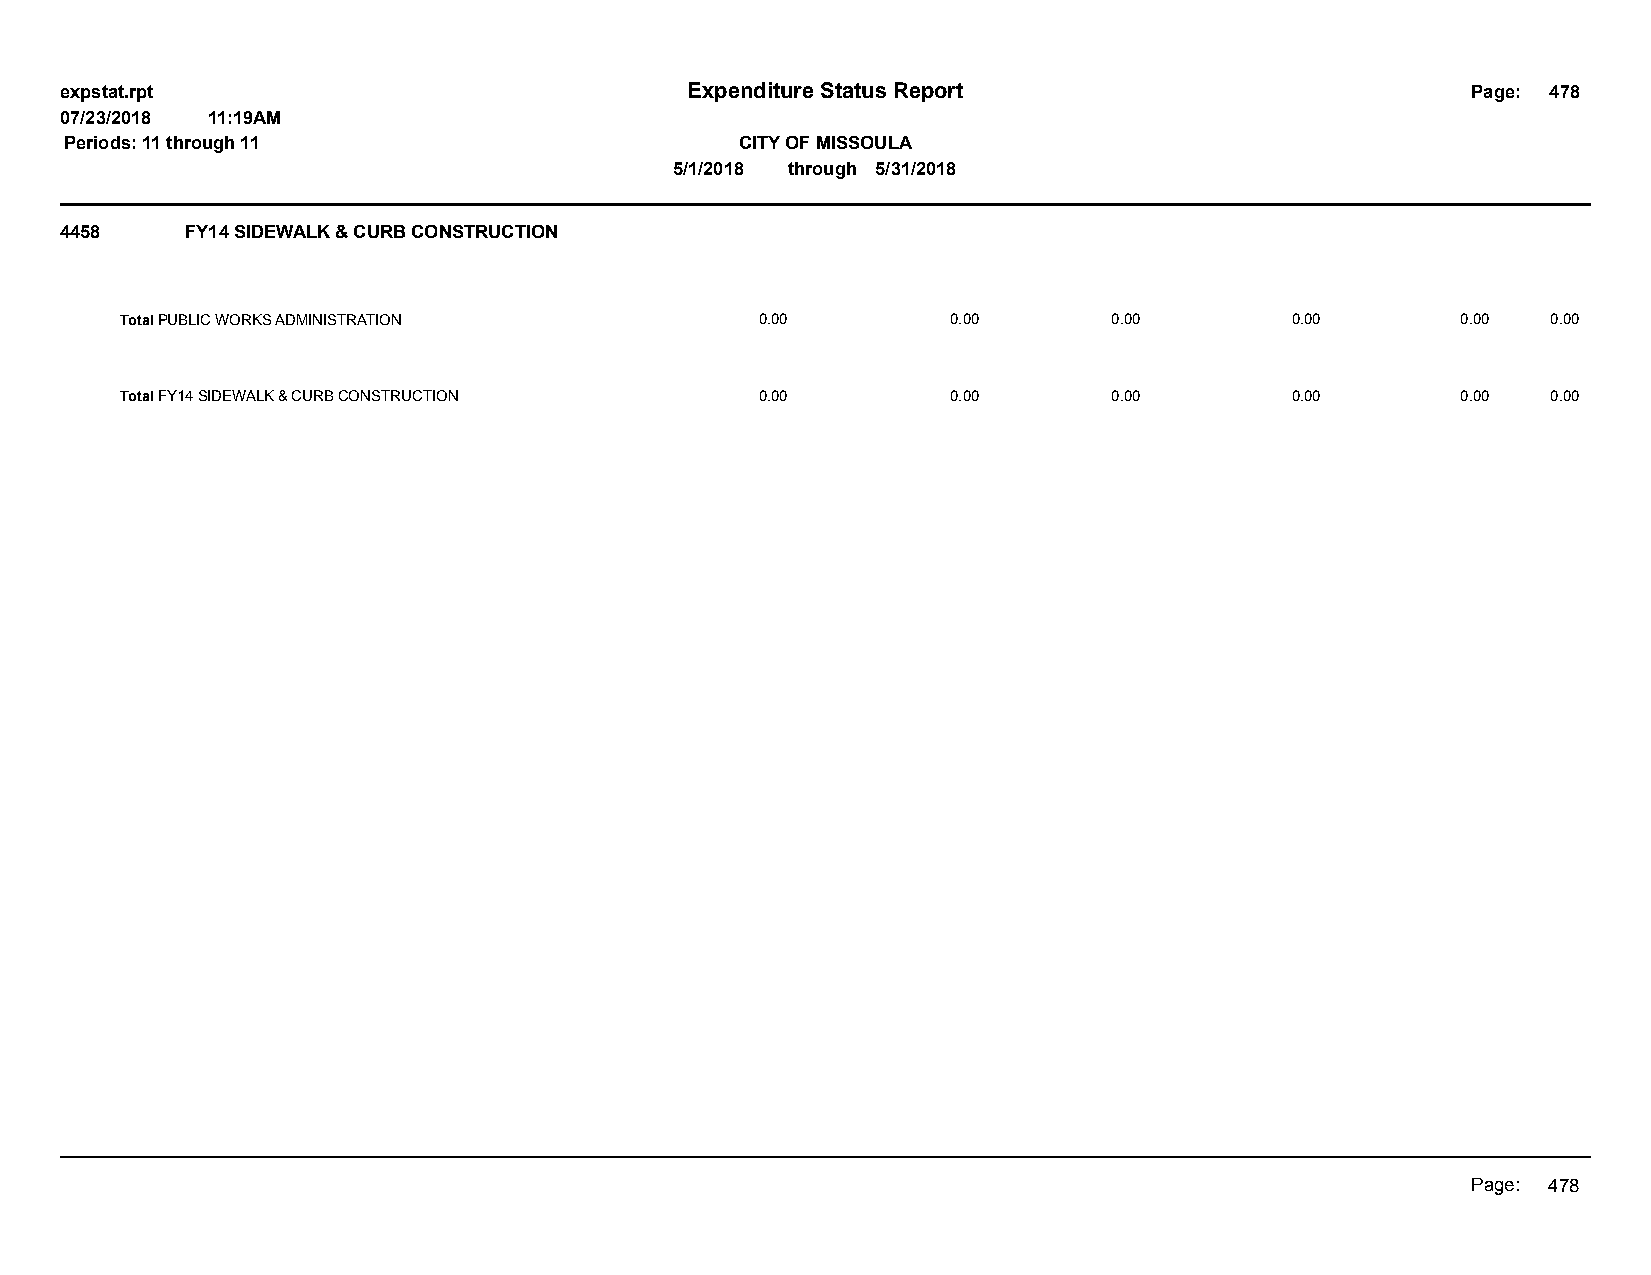
expstat.rpt                              Expenditure Status Report                           Page: 478
 07/23/2018 11:19AM
 Periods: 11 through 11                       CITY OF MISSOULA
 5/1/2018 through 5/31/2018
 4458    FY14 SIDEWALK & CURB CONSTRUCTION
 Total PUBLIC WORKS ADMINISTRATION         0.00         0.00       0.00       0.00        0.00  0.00
 Total FY14 SIDEWALK & CURB CONSTRUCTION   0.00         0.00       0.00       0.00        0.00  0.00
 Page: 478